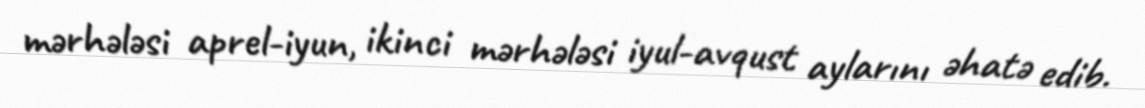
mərhələsi aprel-iyun, ikinci mərhələsi iyul-avqust aylarını əhatə edib.